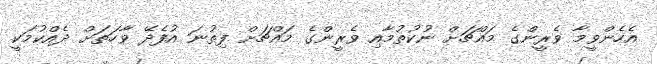
އެހެންވީމާ ވެރީންގެ މައްޗަށް ނުކުތުމާއި ވެރީންގެ މައްޗަށް ފިތުނަ އުފެދޭ ވާހަތަށް ދެއްކުމަކީ